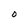
Character: O